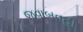
જવાબવહી